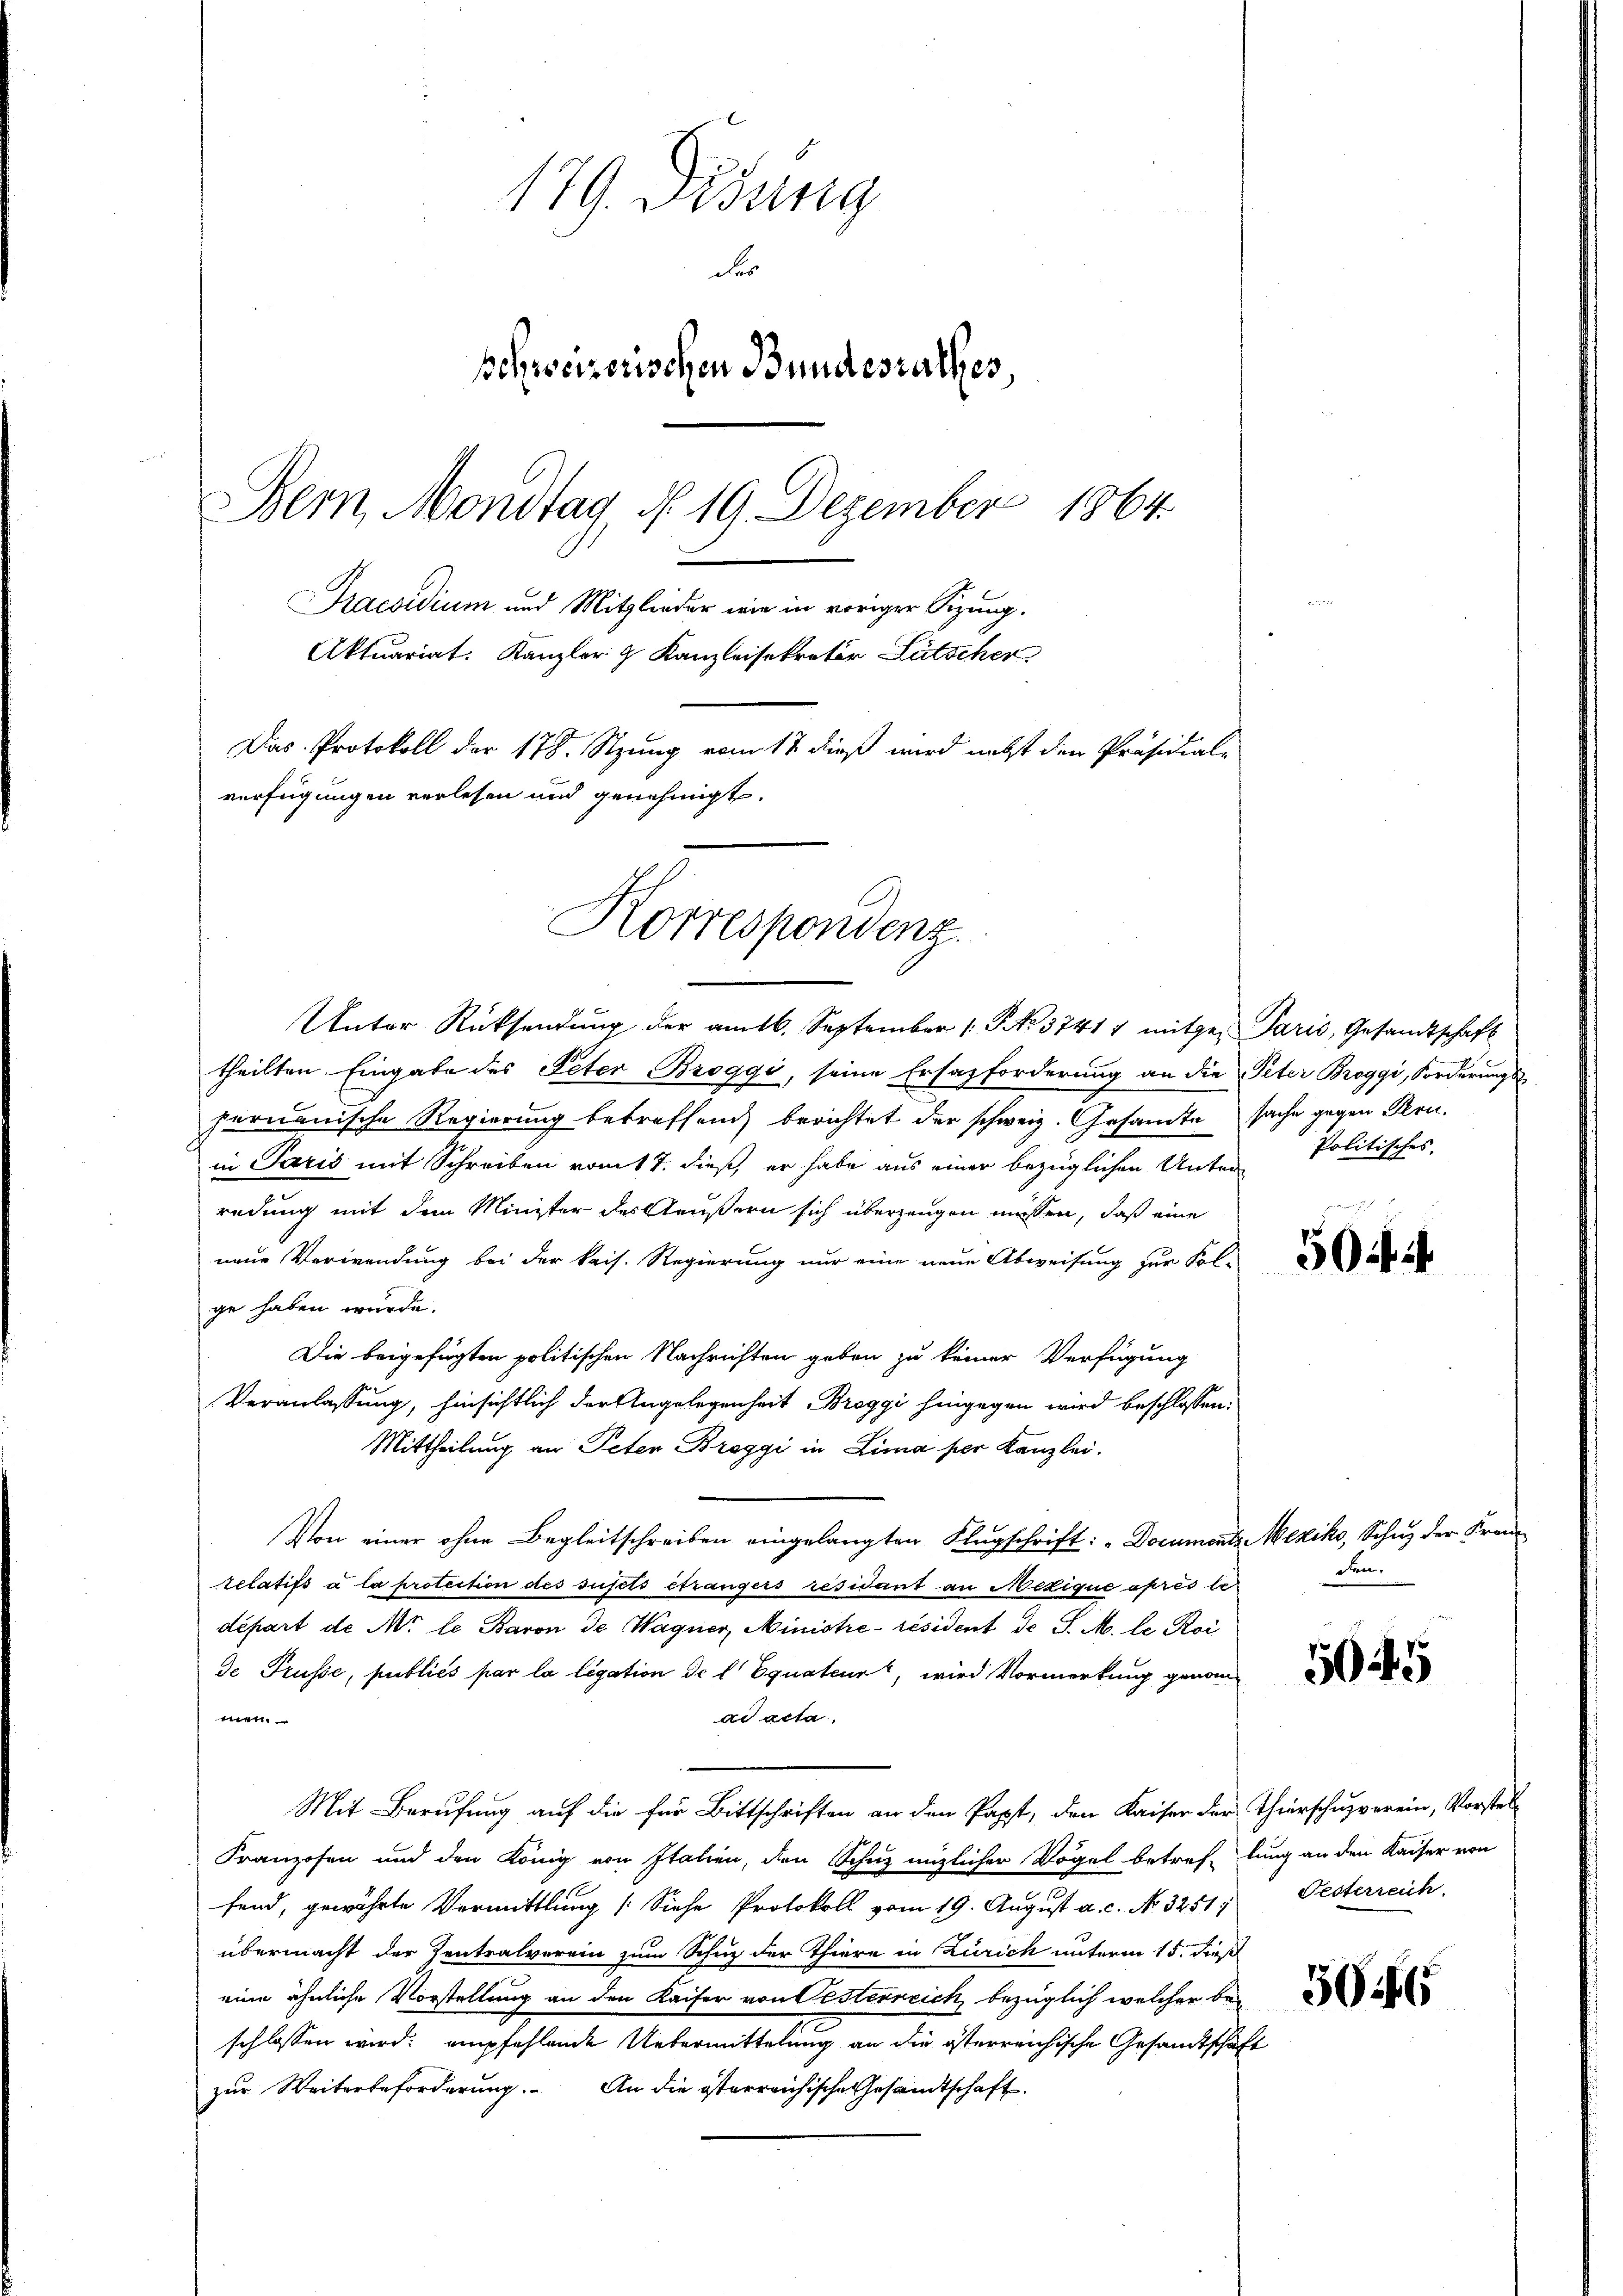
179. Didung
des
schweizerischen Bundesrathes,
1864.
Bern, Mondtag d. 19. Dezember
Praesidium und Mitglieder wie in voriger Sizung.
Aktuariat. Kanzler 9 Kanzleisekretär Lätscher
Das Protokoll der 178. Stzung vom 17 dieß wird nebst den Präsidial-
verfügungen verlesen und genehmigt.

Unter Rücksendŭng der amtl. September 1. No. 37417 mitge-Paris, Gesandtschaft

theilten Eingabe des Peter Broggi, seine Ersazforderung an die Peter Broggi, Forderungs
fernauische Regierung betreffend, berichtet der schweiz. Gesandte sache gegen Priin Paris mit Schreiben vom 17. dieß, er habe aus einer bezüglichen Unter Politisches
redung mit dem Minister des Aeußern sich überzeugen müssen, daß eine
neue Verwendung bei der kais. Regierung nur eine neue Abweisung zur Fol-
ge haben wurde.
Die beigefügten politischen Nachrichten geben zu keiner Verfügung
Veranlassung, hinsichtlich der Angelegenheit Breggi hingegen wird beschlossen:
Mittheilung an Peter Breggi in Lima per Kanzlei.
Von einer ohne Begleitschreiben eingelangten Flugschrift: „Documents Mexiko, Schuz der Frau
relatifs à la protection des susts étrangers résidant an Mezique après le
départ de Nr le Baron de Wagner, Ministre résident de J. M. le Roi
de Trüsse, publiés par la ligation de l Equateur, wird Vormerkung genomad acta.
men.
Mit Berufung auf die für Bittschriften an den Papst, den Kaiser der Thierschusverein, Vorstel¬
Franzosen und den König von Italien, den Schuz miglicher Vögel betref lung an den Kaiser von
fend, gewährte Vermittlung (Siehe Protokoll vom 19. August a. c. No. 3251/
übermacht der Zentralverein zum Schuz der Thiere in Zürich unterm 15. dieß
eine ähnliche Vorstellung an den Kaiser von Oesterreich bezüglich welcher be-
schlossen wird: empfehlende Uebermittelung an die österreichische Gesandtschaft
zur Weiterbeforderung. An die sterreichische Gesandtschaft.

Korrespondenz.

50

den.

5045

Festerreich.

5046